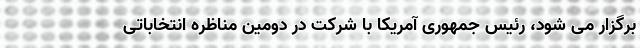
برگزار می شود، رئیس جمهوری آمریکا با شرکت در دومین مناظره انتخاباتی